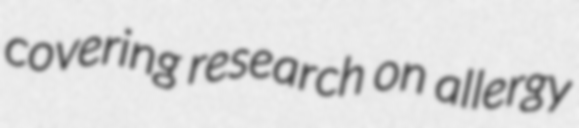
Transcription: covering research on allergy